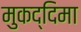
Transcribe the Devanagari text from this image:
मुकद्दिमा